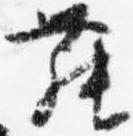
舞